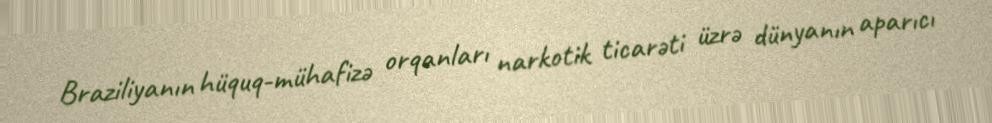
Braziliyanın hüquq-mühafizə orqanları narkotik ticarəti üzrə dünyanın aparıcı